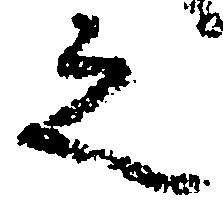
之